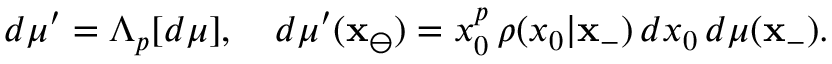
d \mu ^ { \prime } = \Lambda _ { p } [ d \mu ] , \quad d \mu ^ { \prime } ( \mathbf { x } _ { \ominus } ) = x _ { 0 } ^ { p } \, \rho ( x _ { 0 } | \mathbf { x } _ { - } ) \, d x _ { 0 } \, d \mu ( \mathbf { x } _ { - } ) .